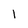
Character: 1